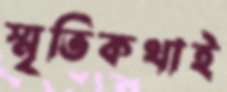
স্মৃতিকথাই